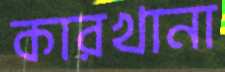
কারখানা